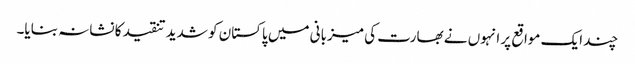
چند ایک مواقع پر انہوں نے بھارت کی میزبانی میں پاکستان کو شدید تنقید کا نشانہ بنایا۔